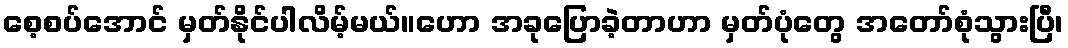
စေ့စပ်အောင် မှတ်နိုင်ပါလိမ့်မယ်။ဟော အခုပြောခဲ့တာဟာ မှတ်ပုံတွေ အတော်စုံသွားပြီ၊